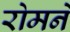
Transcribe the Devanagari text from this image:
रोमनें